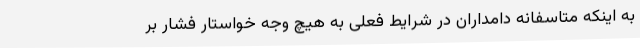
به اینکه متاسفانه دامداران در شرایط فعلی به هیچ وجه خواستار فشار بر